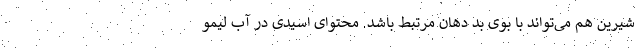
شیرین هم می‌تواند با بوی بد دهان مرتبط باشد. محتوای اسیدی در آب لیمو